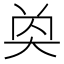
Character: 𡘔